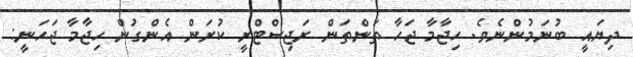
ދިޔައީ ބުނަމުންނެެވެ. ހިޖާމާ ޖަހާ ތަންތަން ރަޖިސްޓްރީ ކުރަން އެންގުން ހިޖާމާ ޖަހަނީ: